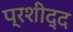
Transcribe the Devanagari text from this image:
प्रशीद्द